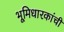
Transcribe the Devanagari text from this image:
भूमिधारकांची